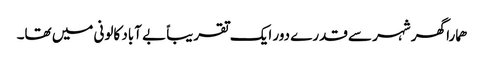
ھمارا گھر شہر سے قدرے دور ایک تقریباً بے آباد کالونی میں تھا۔